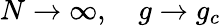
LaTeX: N\to\infty,\quad g\to g_{c}